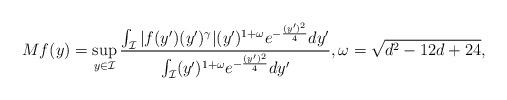
LaTeX: \begin{align*}Mf(y) = \sup_{y \in \mathcal{I}} \frac{\int_{\mathcal{I}} |f(y') (y')^\gamma | (y')^{1+\omega}e^{-\frac{(y')^2}{4}}dy'}{\int_{\mathcal{I}} (y')^{1+\omega} e^{-\frac{(y')^2}{4}}dy'}, \omega = \sqrt{d^2-12d +24},\end{align*}